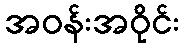
အဝန်းအဝိုင်း